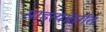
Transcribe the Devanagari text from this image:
साहत्यांतर्गत